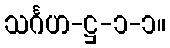
သင်္ဂဟ-ဋ္ဌ-၁-၁။